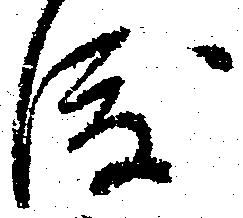
渡